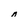
Character: n